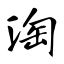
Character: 淘